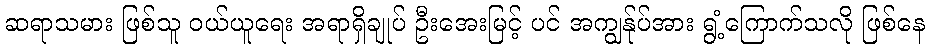
ဆရာသမား ဖြစ်သူ ဝယ်ယူရေး အရာရှိချုပ် ဦးအေးမြင့် ပင် အကျွန်ုပ်အား ရွံ့ကြောက်သလို ဖြစ်နေ